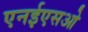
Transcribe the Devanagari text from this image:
एनईएसओ